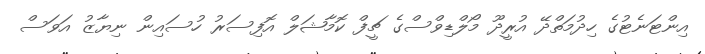
އިންޓަނެޓުގެ ހިދުމަތްދޭ އުރީދޫ މޯލްޑިވްސްގެ ޗީފް ކޮމާޝަލް އޮފިސަރު ހުސައިން ނިޔާޒު އަވަސް